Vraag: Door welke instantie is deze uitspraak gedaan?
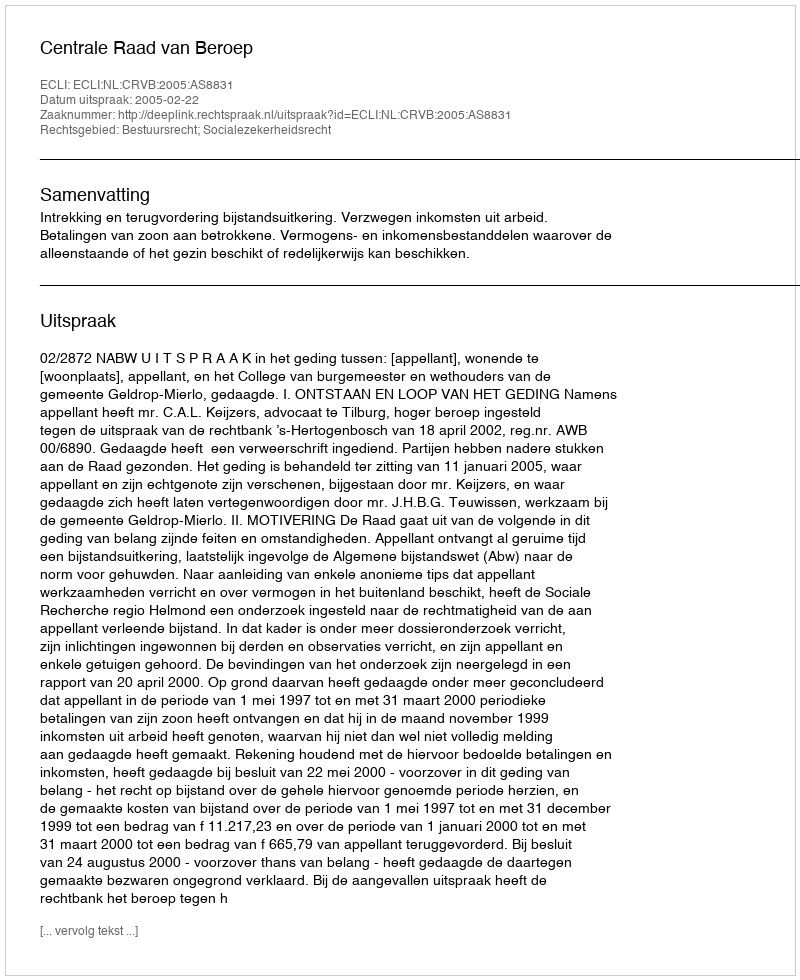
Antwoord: Centrale Raad van Beroep